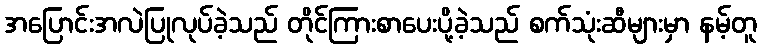
အပြောင်းအလဲပြုလုပ်ခဲ့သည် တိုင်ကြားစာပေးပို့ခဲ့သည် စက်သုံးဆီများမှာ နမ့်တူ